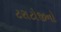
ટરાટોજીનો